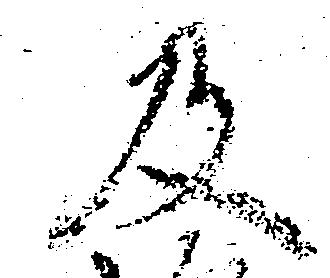
及